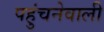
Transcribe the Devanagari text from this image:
पहुंचनेवाली